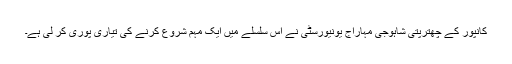
کانپور کے چھترپتی شاہوجی مہاراج یونیورسٹی نے اس سلسلے میں ایک مہم شروع کرنے کی تیاری پوری کر لی ہے۔